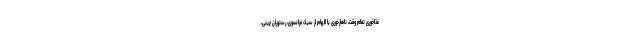
غذاخوری تمام وقت، ناهارخوری با الهام از سبک فرانسوی، رستوران چینی،